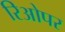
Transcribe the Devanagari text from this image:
रिओपर